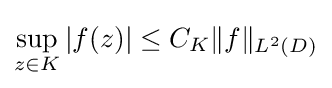
\sup _{z\in K}|f(z)|\leq C_{K}\|f\|_{L^{2}(D)}